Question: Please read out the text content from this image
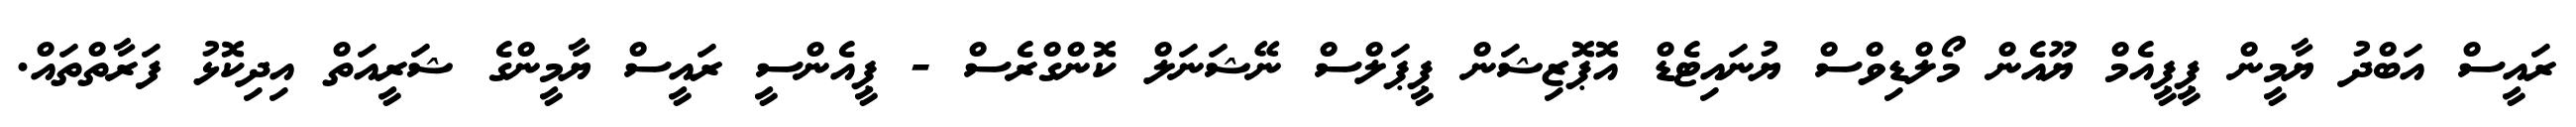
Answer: ރައީސް އަބްދު ޔާމީން ޕީޕީއެމް ޔޫއެން މޯލްޑިވްސް ޔުނައިޓެޑް އޮޕޮޒިޝަން ޕީޕަލްސް ނޭޝަނަލް ކޮންގްރެސް - ޕީއެންސީ ރައީސް ޔާމީންގެ ޝަރީއަތް އިދިކޮޅު ފަރާތްތައް.